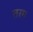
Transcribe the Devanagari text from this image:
तरग